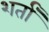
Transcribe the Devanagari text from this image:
शर्तां